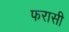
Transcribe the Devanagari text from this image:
फरासी